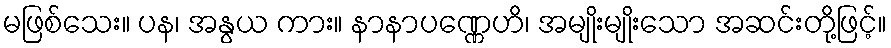
မဖြစ်သေး။ ပန၊ အနွယ ကား။ နာနာပဏ္ဏေဟိ၊ အမျိုးမျိုးသော အဆင်းတို့ဖြင့်။